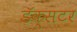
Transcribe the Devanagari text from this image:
डॅक्सटर